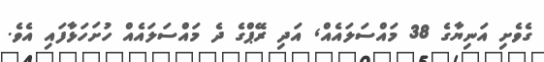
ގެވެށި އަނިޔާގެ 38 މައްސަލައެއް